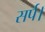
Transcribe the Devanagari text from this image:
सर्प।